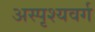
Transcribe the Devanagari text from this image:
अस्पृश्यवर्ग